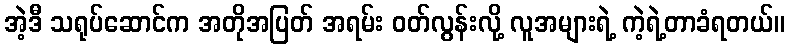
အဲ့ဒီ သရုပ်ဆောင်က အတိုအပြတ် အရမ်း ဝတ်လွန်းလို့ လူအများရဲ့ ကဲ့ရဲ့တာခံရတယ်။